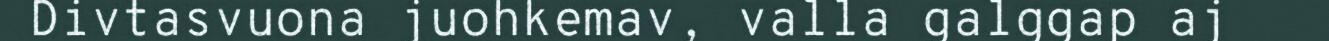
Divtasvuona juohkemav, valla galggap aj